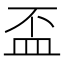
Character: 盃